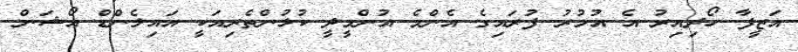
އަޒީފާ ހޯދިއިރު އެ އުމުރު ފުރައިގެ އެންމެ އުންމީދީ ކުޅުންތެރިއަކީ އައިލެންޑް އޯޝަން